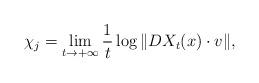
LaTeX: \begin{align*} \chi_j = \lim\limits_{t \to +\infty} \frac{1}{t} \log \Vert DX_t(x) \cdot v\Vert,\end{align*}